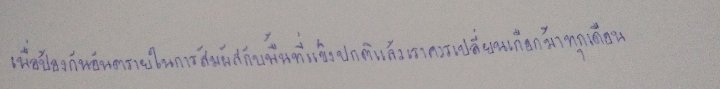
เพื่อป้องกันอันตรายในการสัมผัสกับพื้นที่แข็งปกติแล้วเราควรเปลี่ยนเกือกม้าทุกเดือน